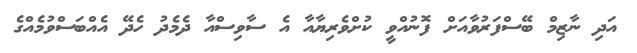
އަދި ނާޒިމް ބޭސްފަރުވާއަށް ފޮނުއްވީ ކުށްވެރިޔާއާ އެ ސާވިސްއާ ދެމެދު ހެދޭ އެއްބަސްވުމެއްގެ